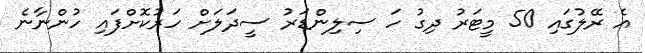
އެ ރޭލުގައި 50 މީޓަރު ދިގު ހަ ސިލިންޑަރު ސީދަލަށް ހަރުކޮށްފައި ހުންނާނެ